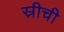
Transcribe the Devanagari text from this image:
स्रीची